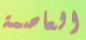
العاصمة